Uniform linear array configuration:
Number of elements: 48
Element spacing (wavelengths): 0.25
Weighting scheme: blackman
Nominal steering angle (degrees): -30
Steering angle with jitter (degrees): -30.853
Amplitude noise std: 0.05
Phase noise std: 0.05

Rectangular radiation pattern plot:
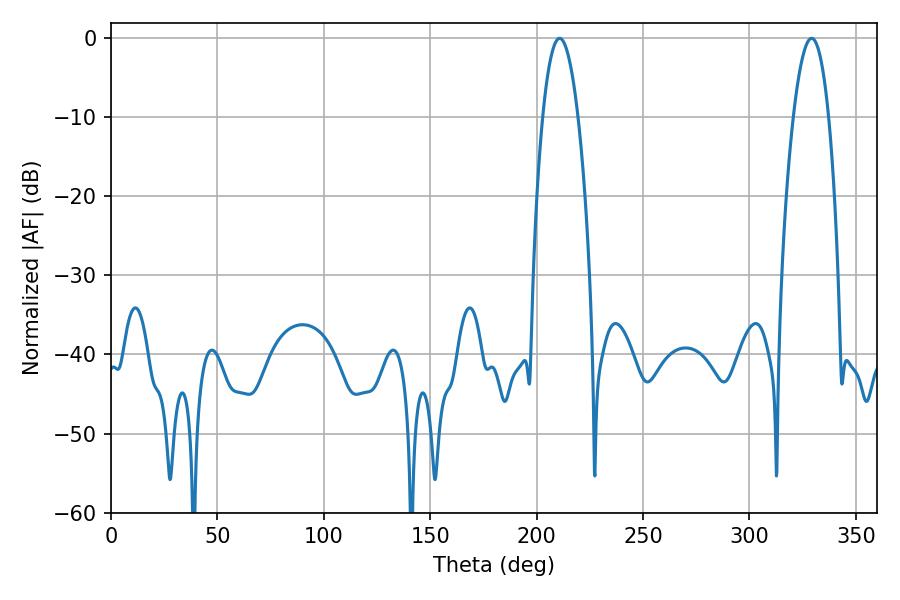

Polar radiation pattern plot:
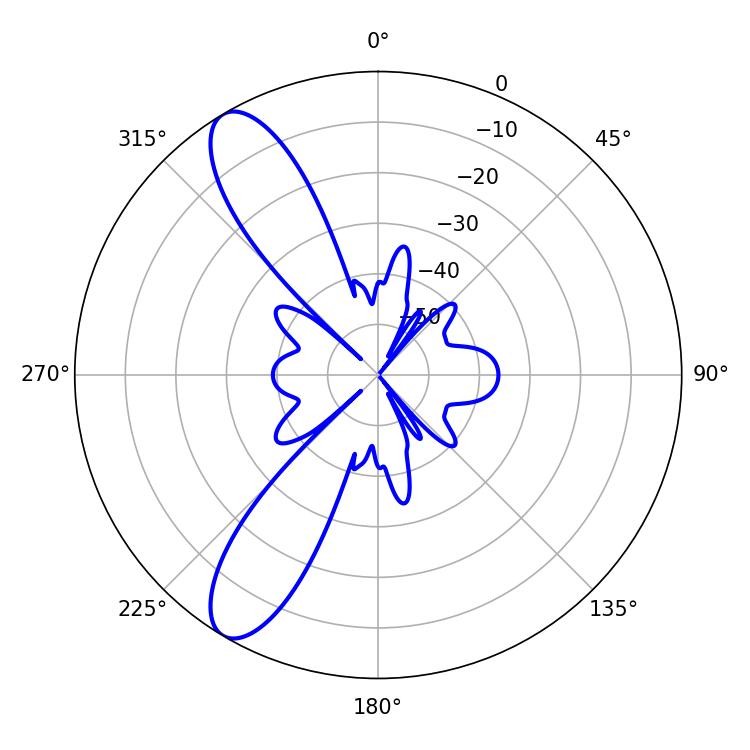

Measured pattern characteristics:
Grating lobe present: FALSE
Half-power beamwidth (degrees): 9.18
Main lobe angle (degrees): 210.78